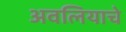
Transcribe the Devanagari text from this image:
अवलियाचे